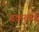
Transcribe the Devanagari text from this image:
ढकलवे